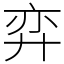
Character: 弈